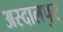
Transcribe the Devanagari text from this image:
अस्दालपुर